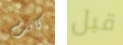
كانت قبل